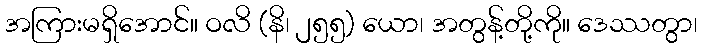
အကြားမရှိအောင်။ ဝလိ (နိ၊ ၂၅၅) ယော၊ အတွန့်တို့ကို။ ဒေဿတွာ၊